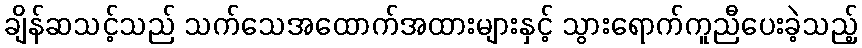
ချိန်ဆသင့်သည် သက်သေအထောက်အထားများနှင့် သွားရောက်ကူညီပေးခဲ့သည့်